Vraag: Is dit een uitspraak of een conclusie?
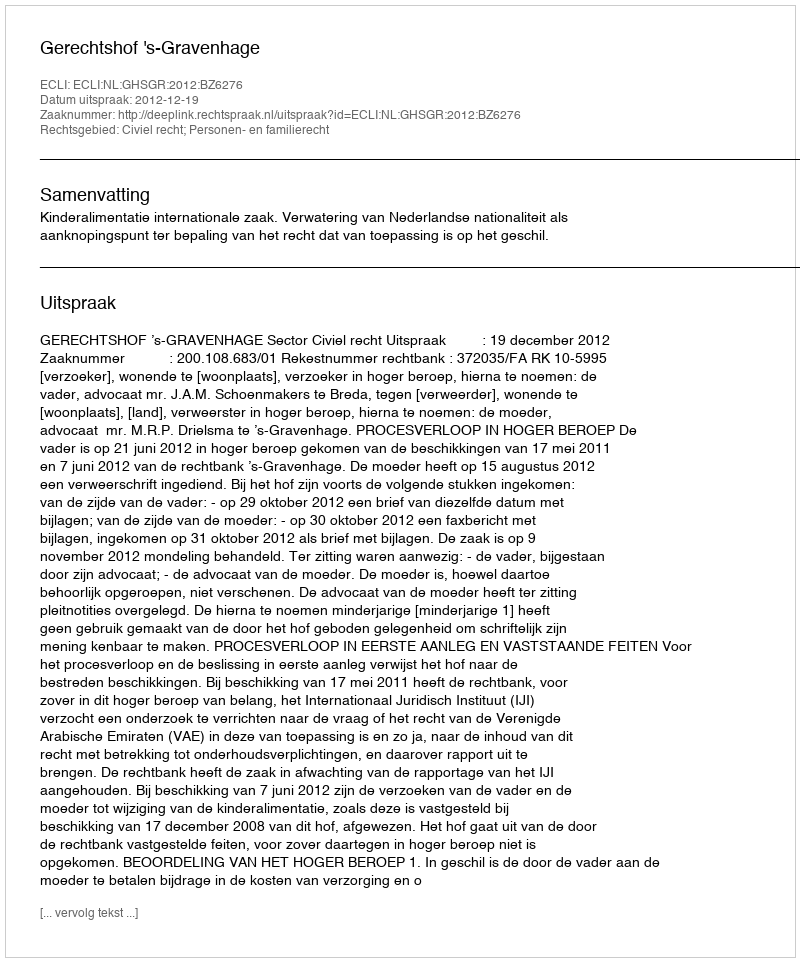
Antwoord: Uitspraak